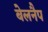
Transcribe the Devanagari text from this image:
बेलनैप